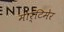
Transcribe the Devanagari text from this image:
मार्टिमेर